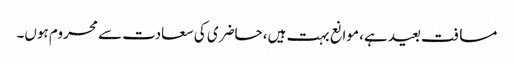
مسافت بعید ہے، موانع بہت ہیں، حاضری کی سعادت سے محروم ہوں۔